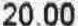
20.00